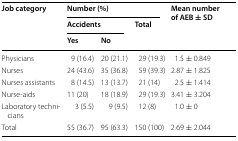
| <ROWSPAN=3> Job category | <COLSPAN=3> Number (%) | <ROWSPAN=3> Mean number of AEB ± SD |
 | <COLSPAN=2> Accidents | Total |
 | Yes | No |  |
 | --- | --- | --- | --- | --- |
 | Physicians | 9 (16.4) | 20 (21.1) | 29 (19.3) | 1.5 ± 0.849 |
 | Nurses | 24 (43.6) | 35 (36.8) | 59 (39.3) | 2.87 ± 1.825 |
 | Nurses assistants | 8 (14.5) | 13 (13.7) | 21 (14) | 2.5 ± 1.414 |
 | Nurse-aids | 11 (20) | 18 (18.9) | 29 (19.3) | 3.41 ± 3.204 |
 | Laboratory technicians | 3 (5.5) | 9 (9.5) | 12 (8) | 1.0 ± 0 |
 | Total | 55 (36.7) | 95 (63.3) | 150 (100) | 2.69 ± 2.044 |